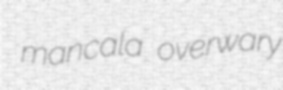
mancala overwary